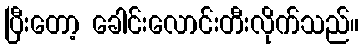
ပြီးတော့ ခေါင်းလောင်းတီးလိုက်သည်။